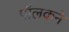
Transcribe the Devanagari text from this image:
पॉलकने